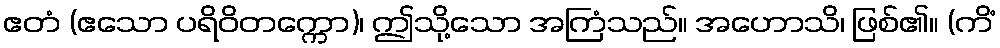
ဧတံ (ဧသော ပရိဝိတက္ကော)၊ ဤသို့သော အကြံသည်။ အဟောသိ၊ ဖြစ်၏။ (ကိံ